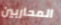
المحاربين